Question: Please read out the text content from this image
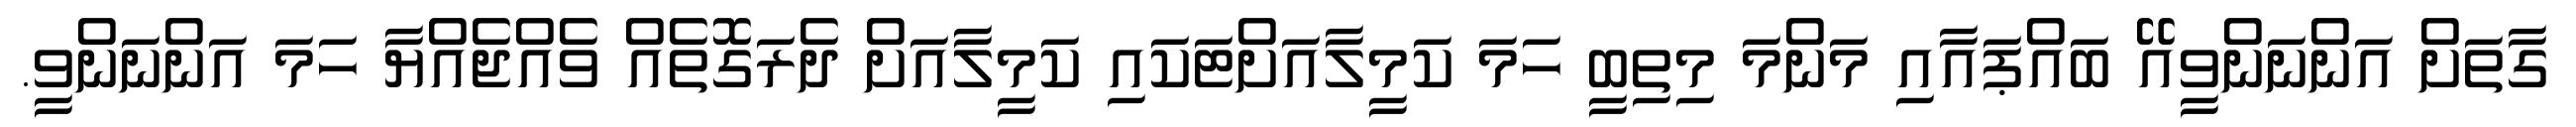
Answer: ގާތަށް އަންނަންވީއޭ ބައްޕައާއި މަންމަ މިތިބީ ހަމަ ކަމީލާއަށްޓަކައި ކަމީލާއަށް ދެރަގޮތެއް ވެއްޖެއްޔާ ހަމަ އަންނަންވީ.